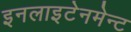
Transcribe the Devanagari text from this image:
इनलाइटेनमेन्ट